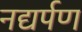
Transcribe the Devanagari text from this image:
नद्यर्पण